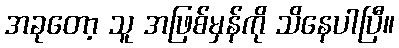
အခုတော့ သူ အဖြစ်မှန်ကို သိနေပါပြီ။